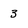
Character: 3